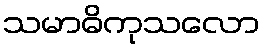
သမာဓိကုသလော